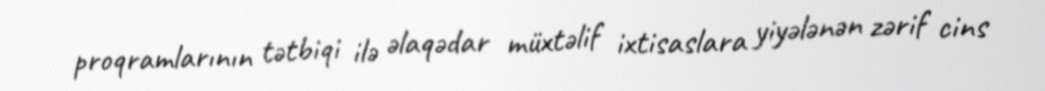
proqramlarının tətbiqi ilə əlaqədar müxtəlif ixtisaslara yiyələnən zərif cins